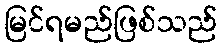
မြင်ရမည်ဖြစ်သည်